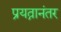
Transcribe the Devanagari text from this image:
प्रयत्नानंतर